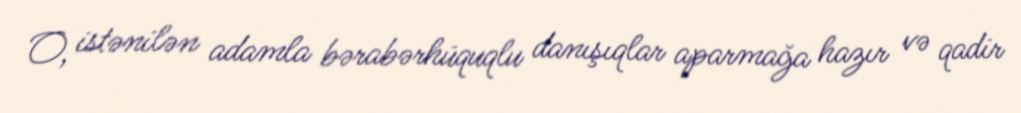
O, istənilən adamla bərabərhüquqlu danışıqlar aparmağa hazır və qadir